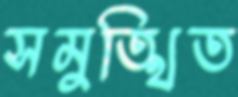
সমুত্থিত